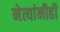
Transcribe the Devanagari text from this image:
नेत्यांनीही